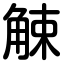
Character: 觫